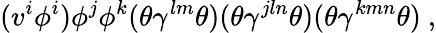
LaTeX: (v^{i}\phi^{i})\phi^{j}\phi^{k}(\theta\gamma^{lm}\theta)(\theta\gamma^{jln}\theta)(\theta\gamma^{kmn}\theta)~,